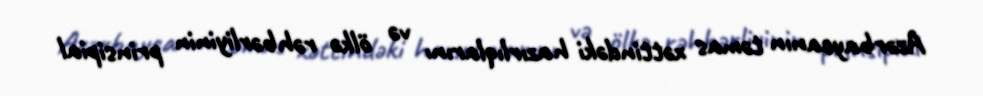
Azərbaycanın təmas xəttindəki hazırlıqlarını və ölkə rəhbərliyinin prinsipial